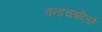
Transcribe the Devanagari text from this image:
वनाच्‍छादितहै